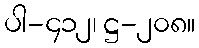
ပါ-၄၁၂၊ ဋ္ဌ-၂၀၈။